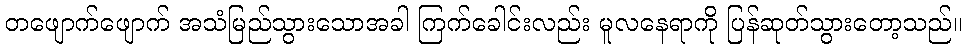
တဖျောက်ဖျောက် အသံမြည်သွားသောအခါ ကြက်ခေါင်းလည်း မူလနေရာကို ပြန်ဆုတ်သွားတော့သည်။